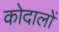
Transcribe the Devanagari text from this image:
कोदालों